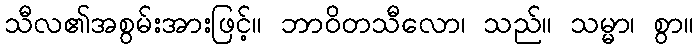
သီလ၏အစွမ်းအားဖြင့်။ ဘာဝိတသီလော၊ သည်။ သမ္မာ၊ စွာ။